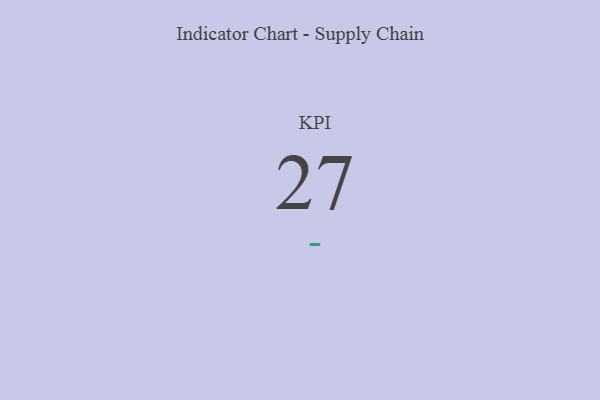
{"axis": {"x": "KPI", "y": "Value"}, "legend": [""], "data": [{"x": "KPI", "y": 27, "type": ""}]}